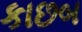
કાછબ